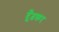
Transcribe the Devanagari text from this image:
दूँढकर